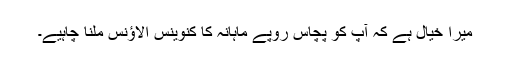
میرا خیال ہے کہ آپ کو پچاس روپے ماہانہ کا کنوینس الاؤنس ملنا چاہیے۔